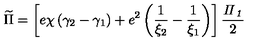
\widetilde { \Pi } = \left[ e \chi \left( \gamma _ { 2 } - \gamma _ { 1 } \right) + e ^ { 2 } \left( \frac 1 { \xi _ { 2 } } - \frac 1 { \xi _ { 1 } } \right) \right] \frac { { \it \Pi } _ { { \it 1 } } } 2